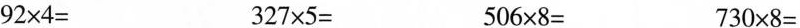
$$9 2 × 4 =$$ $$3 2 7 × 5 =$$ $$5 0 6 × 8 =$$ $$7 3 0 × 8 =$$